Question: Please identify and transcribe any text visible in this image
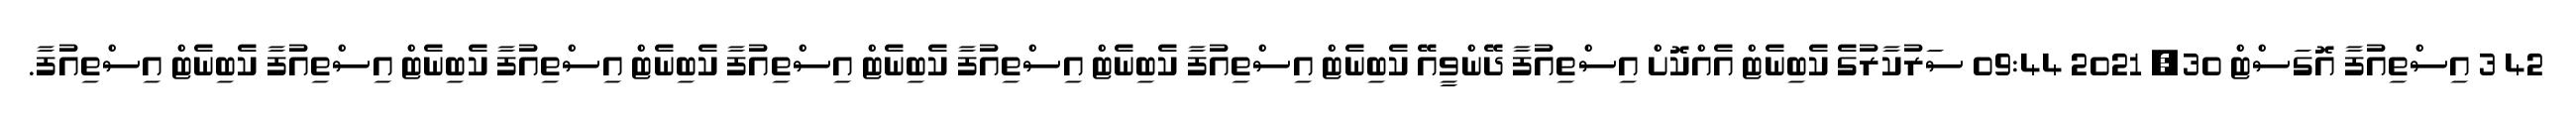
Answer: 42 3 އިސްތިއުފާ އޮގަސްޓް 30, 2021 09:44 ސަރުކާރުގެ ކެބިނެޓް އެއްކޮށް އިސްތިއުފާ ދޭންވީއޭ ކެބިނެޓް އިސްތިއުފާ ކެބިނެޓް އިސްތިއުފާ ކެބިނެޓް އިސްތިއުފާ ކެބިނެޓް އިސްތިއުފާ ކެބިނެޓް އިސްތިއުފާ ކެބިނެޓް އިސްތިއުފާ.